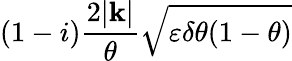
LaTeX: \left(1-i\right)\frac{2|\mathbf{k}|}{\theta}\sqrt{\varepsilon\delta\theta(1-\theta)}